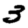
Digit: 3